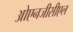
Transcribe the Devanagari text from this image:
ओएनजीसीएल